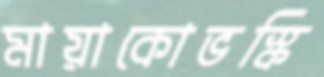
মায়াকোভস্কি